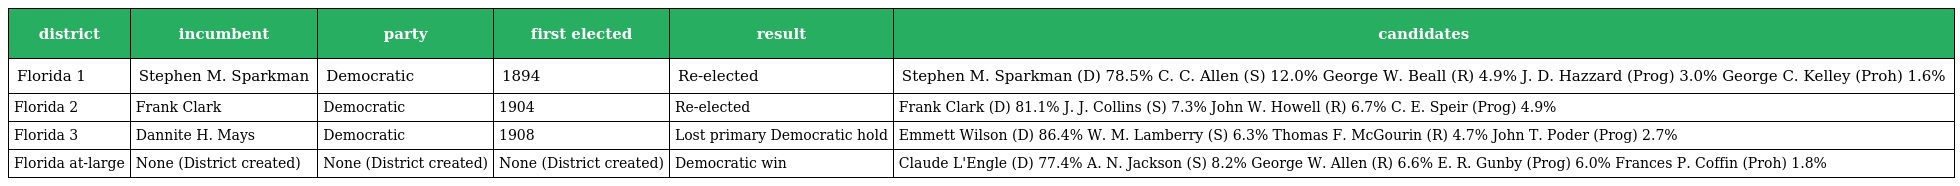
| district | incumbent | party | first elected | result | candidates |
 | --- | --- | --- | --- | --- | --- |
 | Florida 1 | Stephen M. Sparkman | Democratic | 1894 | Re-elected | Stephen M. Sparkman (D) 78.5% C. C. Allen (S) 12.0% George W. Beall (R) 4.9% J. D. Hazzard (Prog) 3.0% George C. Kelley (Proh) 1.6% |
 | Florida 2 | Frank Clark | Democratic | 1904 | Re-elected | Frank Clark (D) 81.1% J. J. Collins (S) 7.3% John W. Howell (R) 6.7% C. E. Speir (Prog) 4.9% |
 | Florida 3 | Dannite H. Mays | Democratic | 1908 | Lost primary Democratic hold | Emmett Wilson (D) 86.4% W. M. Lamberry (S) 6.3% Thomas F. McGourin (R) 4.7% John T. Poder (Prog) 2.7% |
 | Florida at-large | None (District created) | None (District created) | None (District created) | Democratic win | Claude L'Engle (D) 77.4% A. N. Jackson (S) 8.2% George W. Allen (R) 6.6% E. R. Gunby (Prog) 6.0% Frances P. Coffin (Proh) 1.8% |